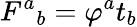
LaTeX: F^{a}{}_{b}=\varphi^{a}t_{b}